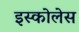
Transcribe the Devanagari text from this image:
इस्कोलेस